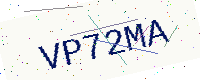
Text: VP72MA